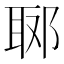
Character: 郰